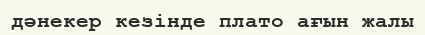
дәнекер кезінде плато ағын жалы